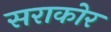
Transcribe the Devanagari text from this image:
सराकोर